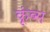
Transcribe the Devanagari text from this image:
कूंब्स